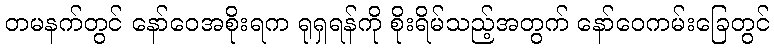
တမနက်တွင် နော်ဝေအစိုးရက ရုရှရန်ကို စိုးရိမ်သည့်အတွက် နော်ဝေကမ်းခြေတွင်